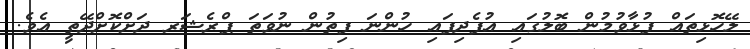
ލޭހޮޅިތައް ފުޅާވުމުން ބޮލުގައި އުފެދިފައި ހުންނަ ފިތުން ނުވަތަ ޕްރެޝަރ ދަށްކޮށްދޭތީ އެވެ.